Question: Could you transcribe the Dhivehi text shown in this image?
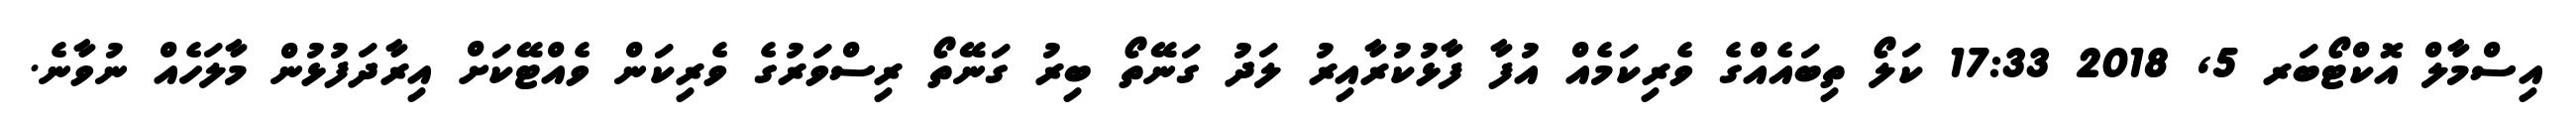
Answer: އިސްމާލް އޮކްޓޯބަރ 5, 2018 17:33 ކަލޯ ތިބައެއްގެ ވެރިކަމެއް އުފާ ފާޅުކުރާއިރު ލަދު ގަނޭތޯ ބިރު ގަނޭތޯ ރިސްވަރުގެ ވެރިކަން ވެއްޓޭކަށް އިރާދަފުޅުން މާލަހެއް ނުވާނެ.